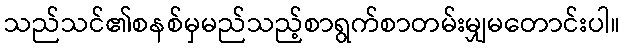
သည်သင်၏စနစ်မှမည်သည့်စာရွက်စာတမ်းမျှမတောင်းပါ။